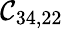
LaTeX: \mathcal{C}_{34,22}